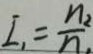
I _ { 1 } = \frac { n _ { 2 } } { n _ { 1 } }